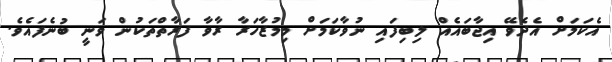
އެކަމަށް އެދެވޭ އިޖާބައެއް ލިބިފައި ނުވާކަމަށް މިމުޒާހަރާ ރާވާ ފަރާތްތަކުން ވަނީ ބުނެފައެވެ.